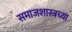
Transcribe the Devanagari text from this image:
समाजशास्त्रच्या